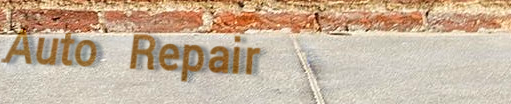
Auto Repair